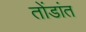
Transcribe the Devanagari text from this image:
तोंडांत